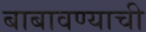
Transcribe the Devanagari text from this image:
बाबावण्याची